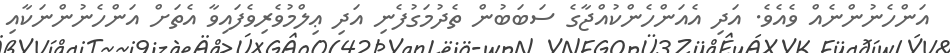
އަންހެނުންނެއް ވެއެވެ. އަދި އެއަންހެންކުއްޖާގެ ސަބަބުން ތެދުމަގުފެނި އަދި ޢިލްމުވެރިވެފައިވާ އެތަށް އަންހެނުންނަކާއި